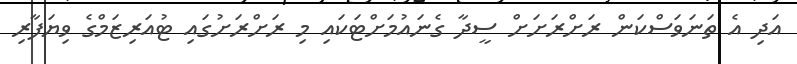
އަދި އެ ތަނަވަސްކަން ރަށްރަށަށް ސީދާ ގެނައުމަށްޓަކައި މި ރަށްރަށުގައި ޓުއަރިޒަމްގެ ވިޔަފާރި